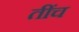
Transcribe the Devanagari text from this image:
तींच